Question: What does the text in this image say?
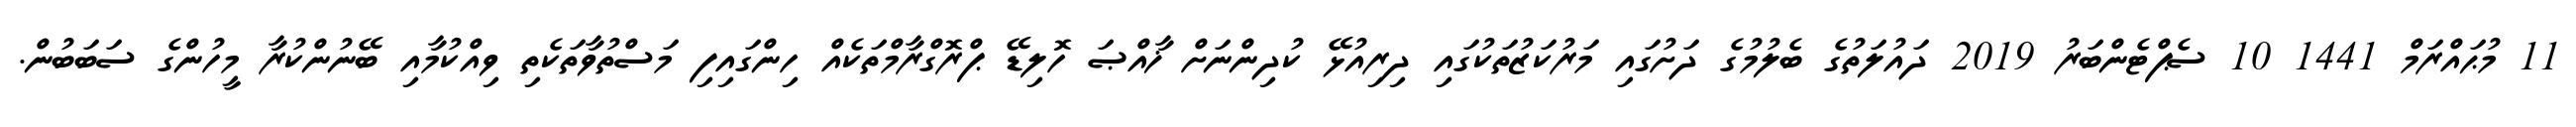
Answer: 11 މުޙައްރަމް 1441 10 ސެޕްޓެންބަރު 2019 ދައުލަތުގެ ބެލުމުގެ ދަށުގައި މަރުކަޒުތަކުގައި ދިރިއުޅޭ ކުދިންނަށް ޚާއްޞަ ހޮލިޑޭ ޕްރޮގްރާމްތަކެއް ހިންގައިފި މަސްތުވާތަކެތި ވިއްކުމާއި ބޭނުންކުރާ މީހުންގެ ސަބަބުން.